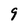
Character: 9